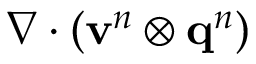
\nabla \cdot \left( \mathbf { v } ^ { n } \otimes \mathbf { q } ^ { n } \right)